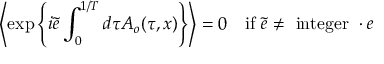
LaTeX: \left\langle \exp \left\{ i \tilde { e } \int _ { 0 } ^ { 1 / T } d \tau A _ { o } ( \tau , x ) \right\} \right\rangle = 0 ~ ~ ~ \mathrm { i f } ~ \tilde { e } \neq ~ \mathrm { i n t e g e r } ~ \cdot e \nonumber